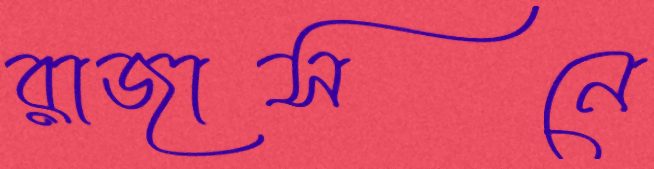
রাজাসনে